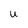
Character: u